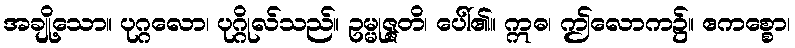
အချို့သော။ ပုဂ္ဂလော၊ ပုဂ္ဂိုလ်သည်။ ဥမ္မုဇ္ဇတိ၊ ပေါ်၏။ ဣဓ၊ ဤလောက၌။ ဧကစ္စော၊